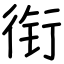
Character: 衔